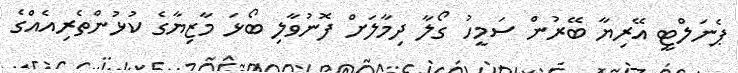
ޕެނަލްޓީ އޭރިޔާ ބޭރުން ސަމީހު ގޯލާ ދިމާލަށް ފޮނުވާލި ބޯޅަ މާޒިޔާގެ ކުޅުންތެރިއެއްގެ